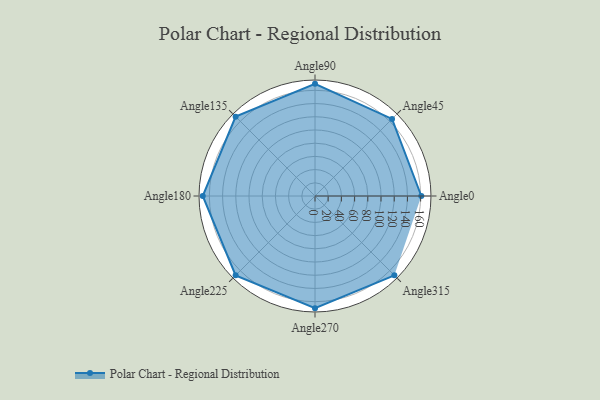
{"axis": {"x": "Angle", "y": "Radius"}, "legend": [""], "data": [{"x": "Angle0", "y": 161.0, "type": ""}, {"x": "Angle45", "y": 165.0, "type": ""}, {"x": "Angle90", "y": 170, "type": ""}, {"x": "Angle135", "y": 170, "type": ""}, {"x": "Angle180", "y": 170, "type": ""}, {"x": "Angle225", "y": 170, "type": ""}, {"x": "Angle270", "y": 170, "type": ""}, {"x": "Angle315", "y": 170, "type": ""}]}